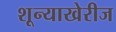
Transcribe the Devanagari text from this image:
शून्याखेरीज